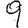
Digit: 9